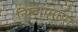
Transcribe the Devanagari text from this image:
न्यिन्गामापा